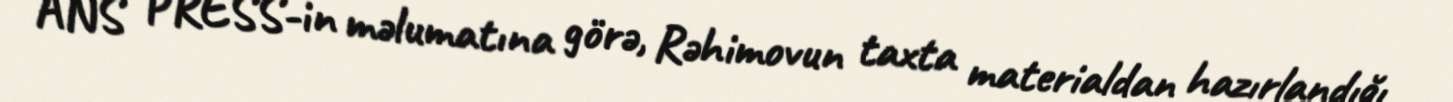
ANS PRESS-in məlumatına görə, Rəhimovun taxta materialdan hazırlandığı